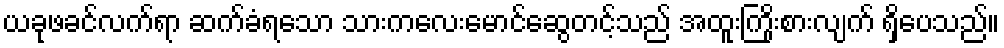
ယခုဖခင်လက်ရာ ဆက်ခံရသော သားကလေးမောင်ဆွေတင့်သည် အထူးကြိုးစားလျက် ရှိပေသည်။